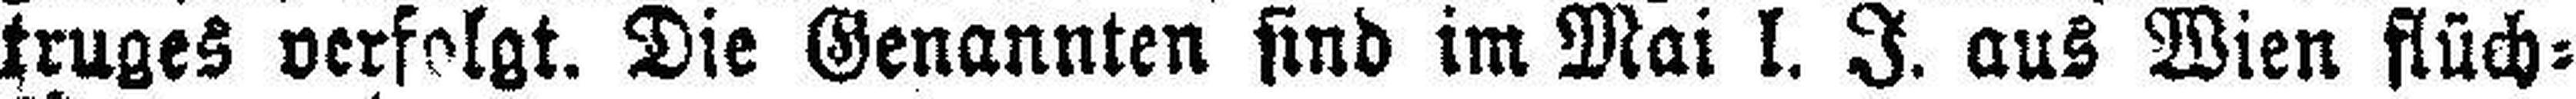
truges verfolgt. Die Genannten sind im Mai l. J. aus Wien flüch¬